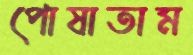
পোষাতাম